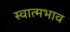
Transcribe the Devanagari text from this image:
स्वात्मभाव